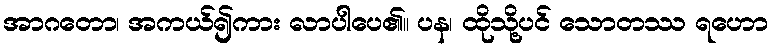
အာဂတော၊ အကယ်၍ကား လာပါပေ၏။ ပန၊ ထိုသို့ပင် သောတဿ ရဟော